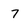
Character: 7